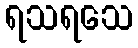
ရသရသေ